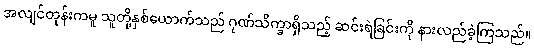
အလျင်တုန်းကမူ သူတို့နှစ်ယောက်သည် ဂုဏ်သိက္ခာရှိသည့် ဆင်းရဲခြင်းကို နားလည်ခဲ့ကြသည်။